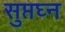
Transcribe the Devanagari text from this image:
सुप्तघ्न